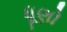
ધૂણો